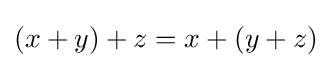
(x+y)+z=x+(y+z)